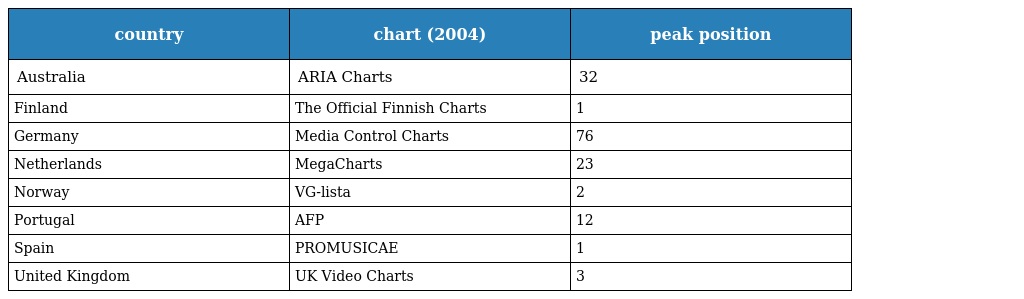
| country | chart (2004) | peak position |
 | --- | --- | --- |
 | Australia | ARIA Charts | 32 |
 | Finland | The Official Finnish Charts | 1 |
 | Germany | Media Control Charts | 76 |
 | Netherlands | MegaCharts | 23 |
 | Norway | VG-lista | 2 |
 | Portugal | AFP | 12 |
 | Spain | PROMUSICAE | 1 |
 | United Kingdom | UK Video Charts | 3 |